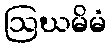
ဩဃမိမံ